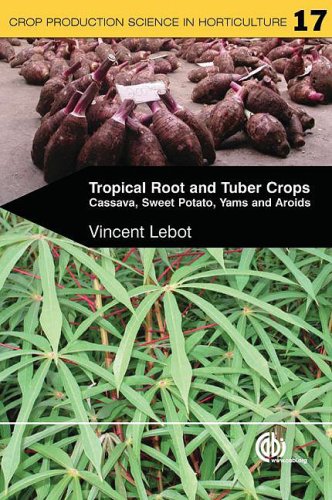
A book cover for Tropical Root and Tuber Crops: Cassava, Sweet Potato, Yams and Aroids (Crop Production Science in Horticulture); V Lebot; Science & Math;